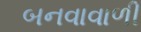
બનવાવાળી